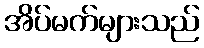
အိပ်မက်များသည်